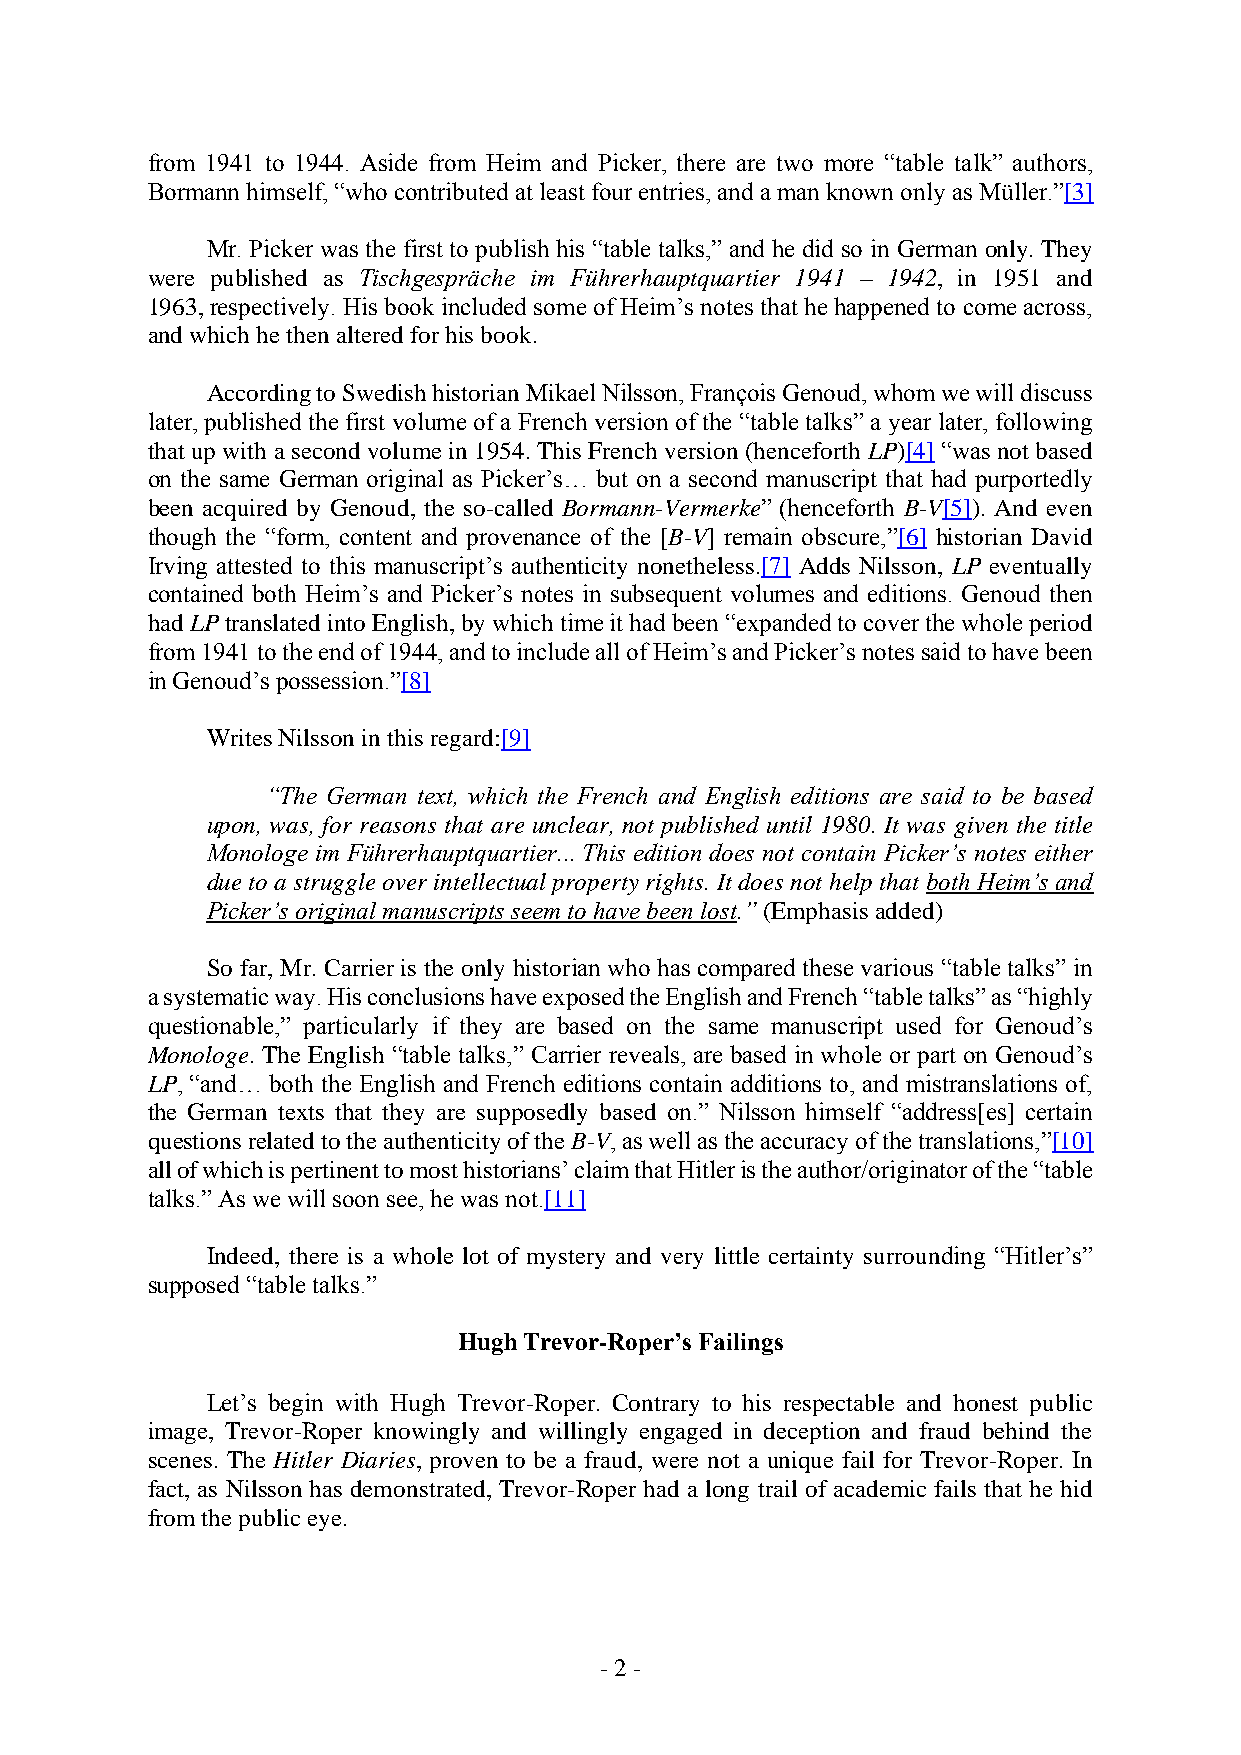
from 1941 to 1944. Aside from Heim and Picker, there are two more “table talk” authors,
 Bormann himself, “who contributed at least four entries, and a man known only as Müller.”[3]
 Mr. Picker was the first to publish his “table talks,” and he did so in German only. They
 were published as Tischgespräche im Führerhauptquartier 1941 – 1942, in 1951 and
 1963, respectively. His book included some of Heim’s notes that he happened to come across,
 and which he then altered for his book.
 According to Swedish historian Mikael Nilsson, François Genoud, whom we will discuss
 later, published the first volume of a French version of the “table talks” a year later, following
 that up with a second volume in 1954. This French version (henceforth LP)[4] “was not based
 on the same German original as Picker’s… but on a second manuscript that had purportedly
 been acquired by Genoud, the so-called Bormann-Vermerke” (henceforth B-V[5]). And even
 though the “form, content and provenance of the [B-V] remain obscure,”[6] historian David
 Irving attested to this manuscript’s authenticity nonetheless.[7] Adds Nilsson, LP eventually
 contained both Heim’s and Picker’s notes in subsequent volumes and editions. Genoud then
 had LP translated into English, by which time it had been “expanded to cover the whole period
 from 1941 to the end of 1944, and to include all of Heim’s and Picker’s notes said to have been
 in Genoud’s possession.”[8]
 Writes Nilsson in this regard:[9]
 “The German text, which the French and English editions are said to be based
 upon, was, for reasons that are unclear, not published until 1980. It was given the title
 Monologe im Führerhauptquartier... This edition does not contain Picker’s notes either
 due to a struggle over intellectual property rights. It does not help that both Heim’s and
 Picker’s original manuscripts seem to have been lost.” (Emphasis added)
 So far, Mr. Carrier is the only historian who has compared these various “table talks” in
 a systematic way. His conclusions have exposed the English and French “table talks” as “highly
 questionable,” particularly if they are based on the same manuscript used for Genoud’s
 Monologe. The English “table talks,” Carrier reveals, are based in whole or part on Genoud’s
 LP, “and… both the English and French editions contain additions to, and mistranslations of,
 the German texts that they are supposedly based on.” Nilsson himself “address[es] certain
 questions related to the authenticity of the B-V, as well as the accuracy of the translations,”[10]
 all of which is pertinent to most historians’ claim that Hitler is the author/originator of the “table
 talks.” As we will soon see, he was not.[11]
 Indeed, there is a whole lot of mystery and very little certainty surrounding “Hitler’s”
 supposed “table talks.”
 Hugh Trevor-Roper’s Failings
 Let’s begin with Hugh Trevor-Roper. Contrary to his respectable and honest public
 image, Trevor-Roper knowingly and willingly engaged in deception and fraud behind the
 scenes. The Hitler Diaries, proven to be a fraud, were not a unique fail for Trevor-Roper. In
 fact, as Nilsson has demonstrated, Trevor-Roper had a long trail of academic fails that he hid
 from the public eye.
 - 2 -